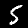
Digit: 5